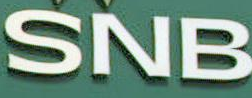
SNB